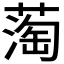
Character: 𬞇